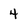
Character: 4